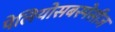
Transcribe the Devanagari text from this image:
पेलियोसबस्पेसीज